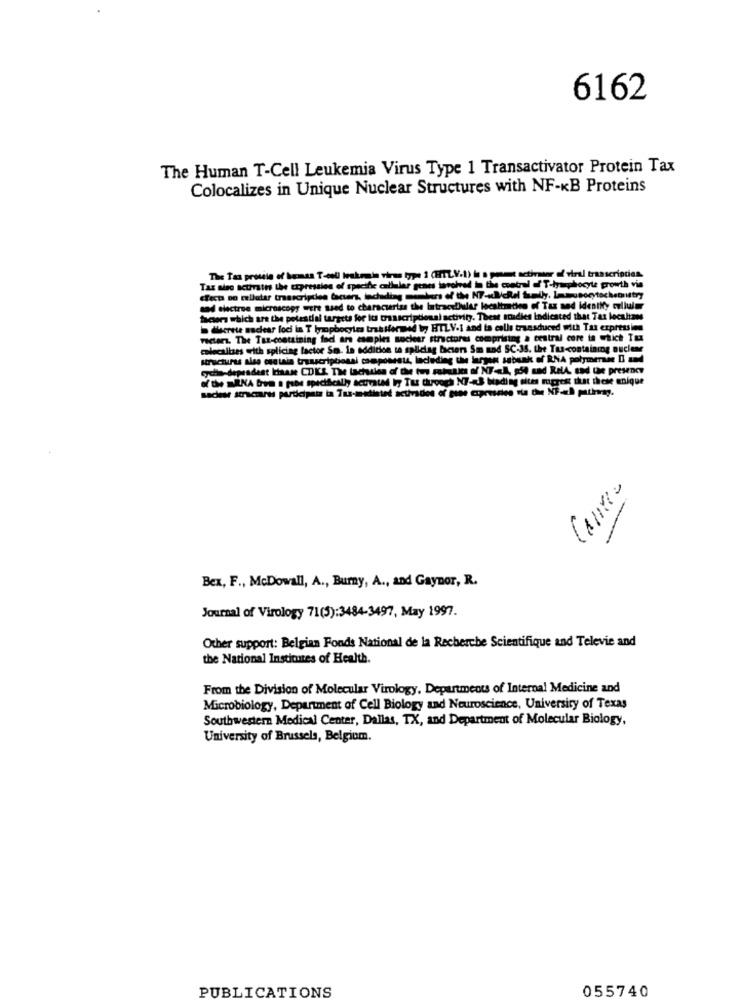
6162
The Human T-Cell Leukemia Virus Type 1 Transactivator Protein Tax
Colocalizes in Unique Nuclear Structures with NF-KB Proteins
The Taa protéle of hermas T-coli leukrajin virus type 3 (HTLV-1)
of viral transcription.
Tax aise activate the expression of specific cellular genes involved in the control of T-łyamphocyte growth via
-lymphocyte growth vie
sod electron microscopy were ssed to characterisa the Intracellular localimitho of Tax and identity cellule
Tax and identity cellular
factors which art the potential targets for its transcriptional activity. These soudies indicated that Tas localiam
deerste sachear loci in T hoopbocyles tras formed by HTLV-I and to calle transduced with Tax expression
ced with Tax expression
Factors. The Taz-containing faci ans csmples socheer structures comprising a central core to which Tax
colecalizes with splicing factor Son. in addition to spliciag beiers Sm nad SC-35. the Tus-containing nuclear
structures also contain transcriptionsi components, ladeding the large
Isbank of RNA polymerase Di and
cyohis-dependent Idaase CDKS. The tachtien of the tus Fieles of NT L, 554 and RelA. and the presence
of the RKA bem a psoe specifically activated iny Tus though NF-S binding sites mgress that these enique
sadese smaczaru participate ta Tus-metintet activities of pine ciprusdies su due NF.«l pathsg.
-
-
Bex, F ., McDowall, A ., Burny, A ., and Gaynor, R.
Journal of Virology 71(5):3484-3497, May 1997.
Other support: Belgian Fonds National de la Recherche Scientifique and Televie and
the National Institutes of Health.
From the Division of Molecular Virology, Departments of Internal Medicine and
Microbiology, Department of Cell Biology and Neuroscience, University of Texas
Southwestern Medical Center, Dallas, TX, and Department of Molecular Biology,
University of Brussels, Belgium.
PUBLICATIONS
055740